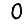
Digit: 0